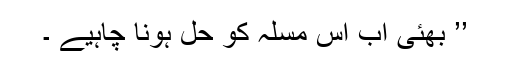
’’ بھئی اب اس مسلہ کو حل ہونا چاہیے ۔